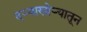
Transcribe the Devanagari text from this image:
दऱ्याखोऱ्यातून